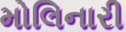
મોલિનારી